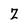
Character: Z